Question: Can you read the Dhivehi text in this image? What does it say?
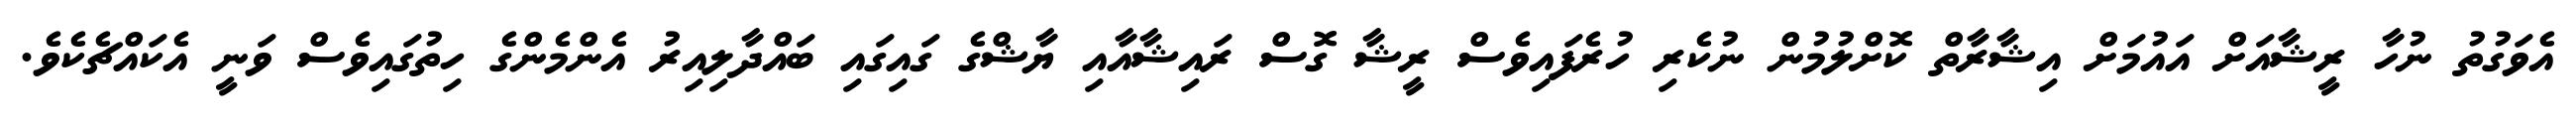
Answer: އެވަގުތު ނުހާ ރީޝާއަށް އައުމަށް އިޝާރާތް ކޮށްލުމުން ނުކެރި ހުރެފައިވެސް ރީޝާ ގޮސް ރައިޝާއާއި ޔާޝްގެ ގައިގައި ބައްދާލިއިރު އެންމެންގެ ހިތުގައިވެސް ވަނީ އެކައްޗެކެވެ.